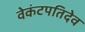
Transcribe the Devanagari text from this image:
वेकंटपतिदेव